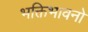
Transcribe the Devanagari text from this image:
भक्तिभावनो